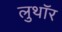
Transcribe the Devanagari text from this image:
लुथाॅर